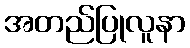
အတည်ပြုလူနာ